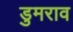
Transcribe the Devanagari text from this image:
डुमराव